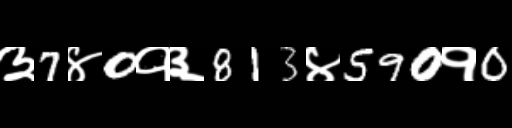
Text: ३7४0१३813४590१0